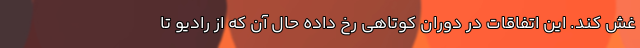
غش کند. این اتفاقات در دوران کوتاهی رخ داده حال آن که از رادیو تا